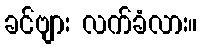
ခင်ဗျား လက်ခံလား။